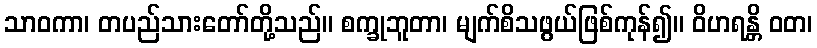
သာဝကာ၊ တပည်သားတော်တို့သည်။ စက္ခုဘူတာ၊ မျက်စိသဖွယ်ဖြစ်ကုန်၍။ ဝိဟရန္တိ ဝတ၊